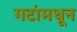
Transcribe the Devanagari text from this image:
गटांमधून